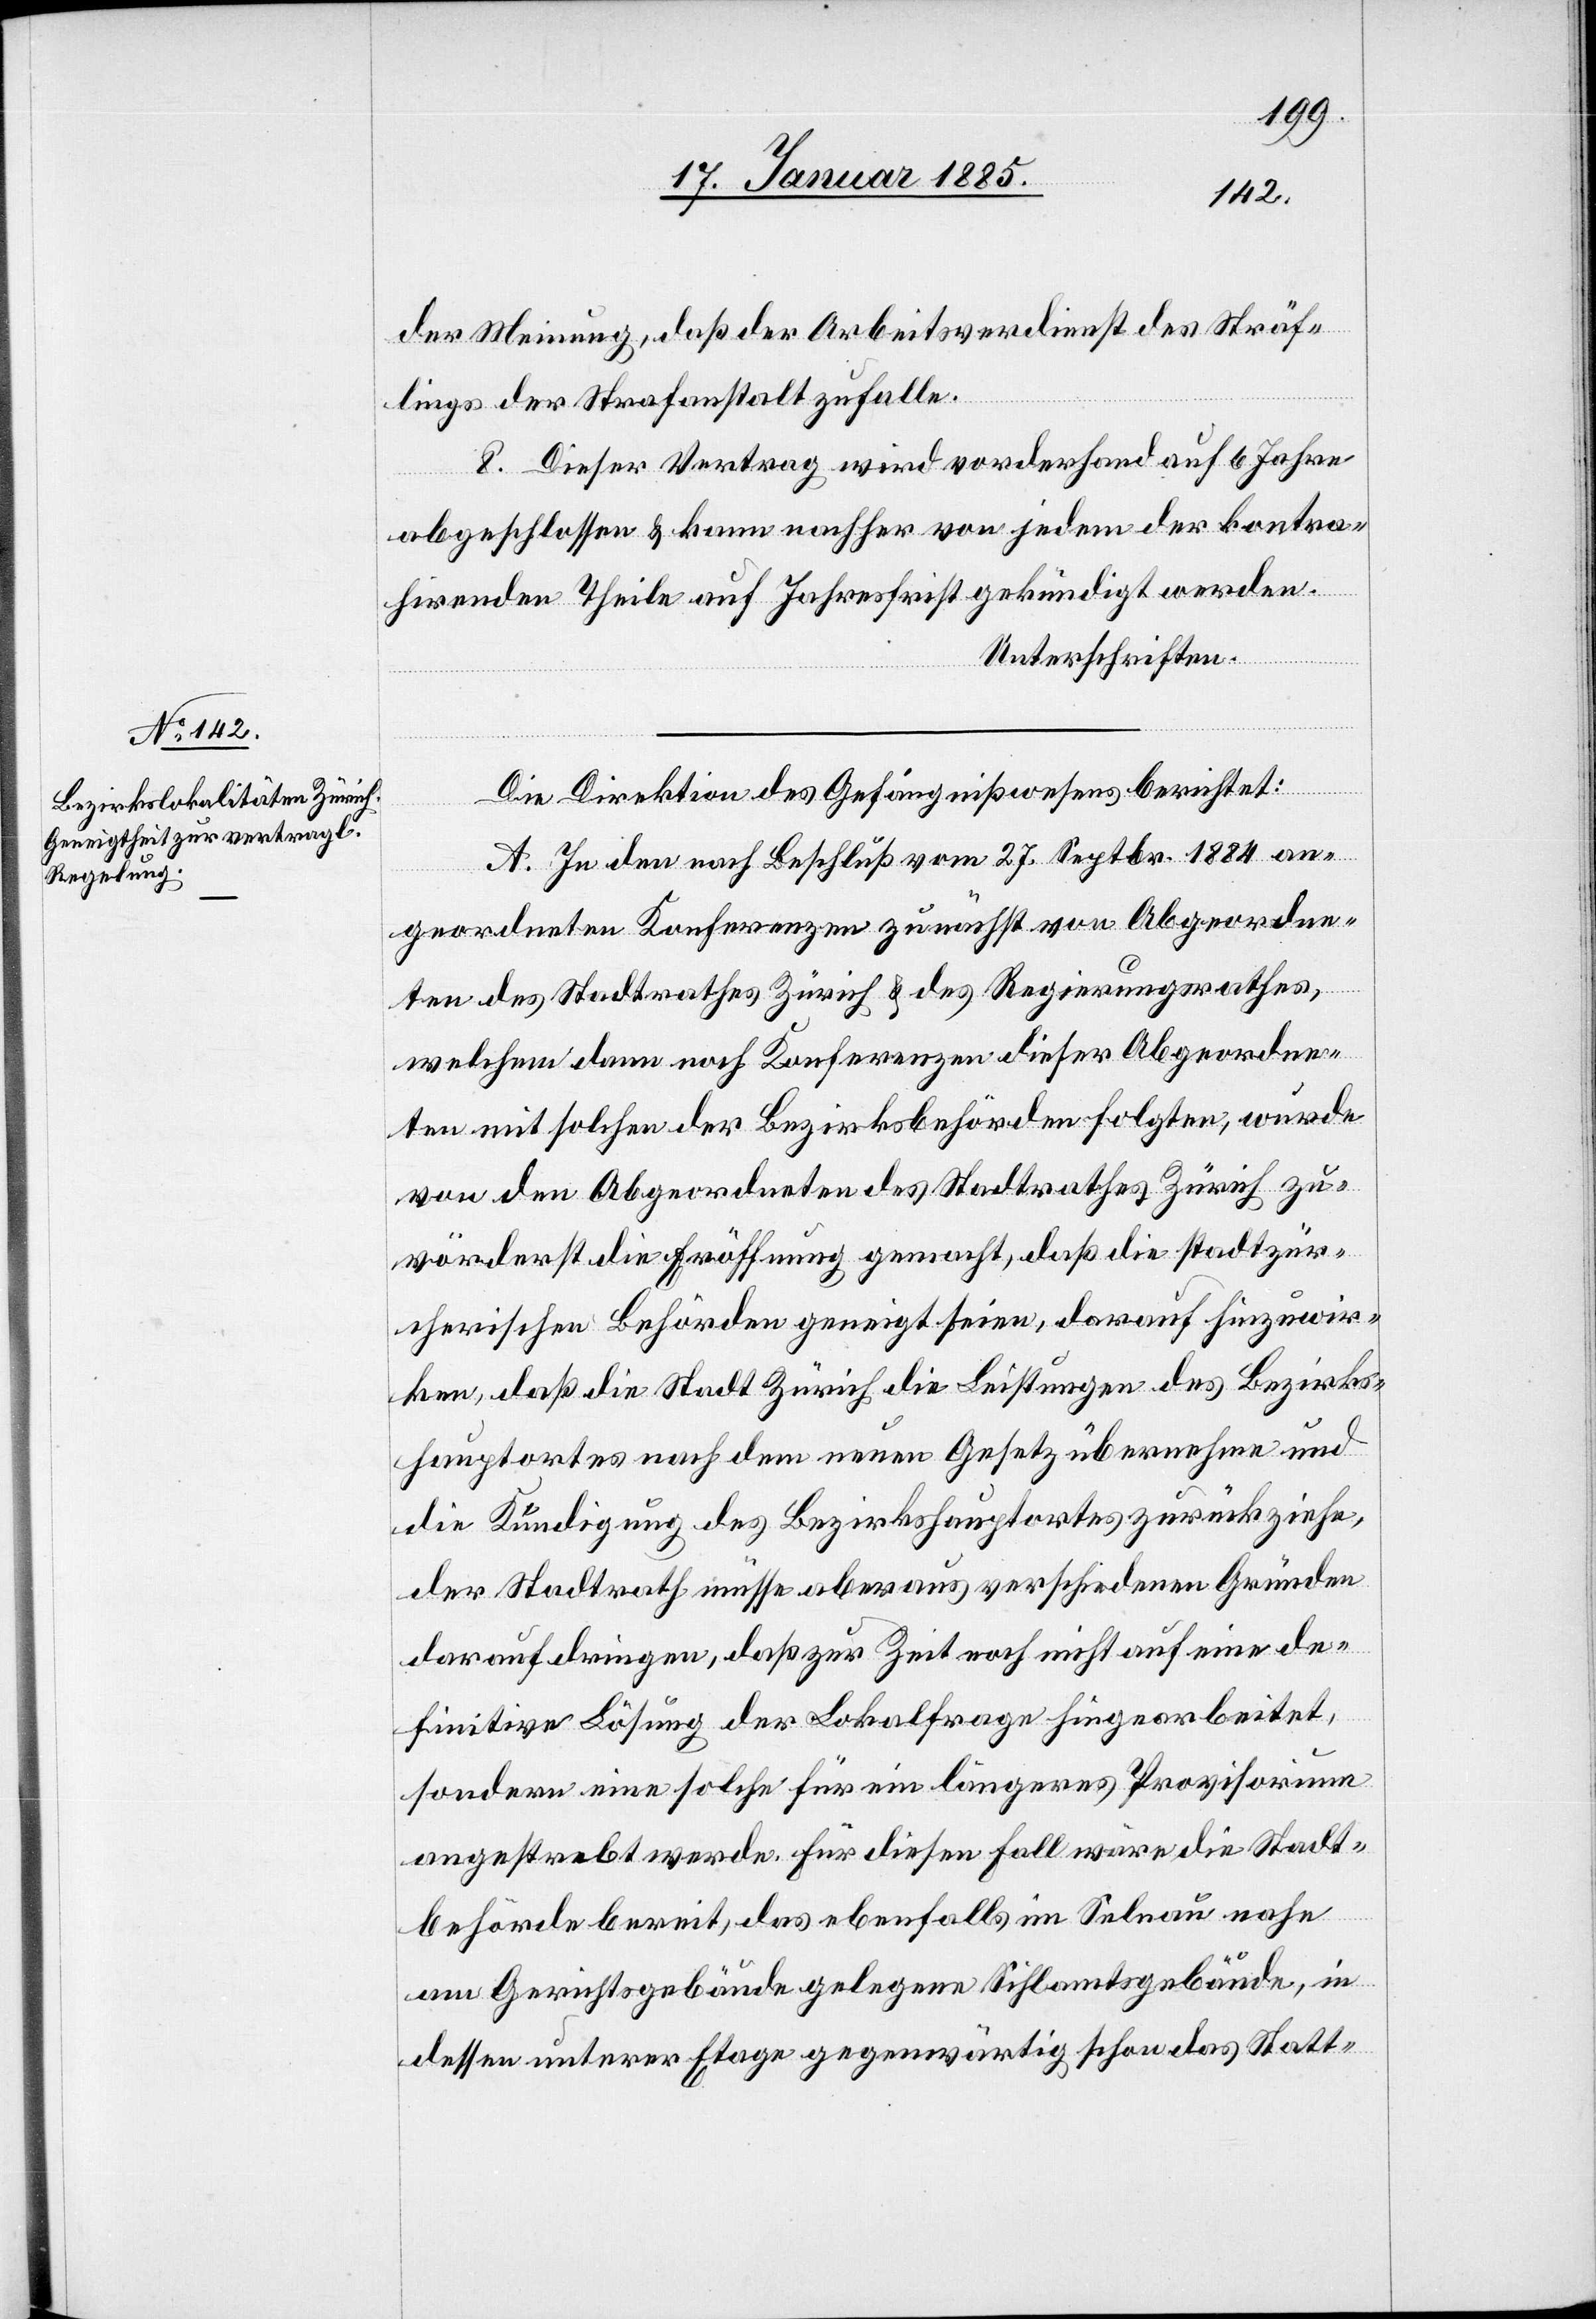
der Meinung, daß der Arbeitsverdienst des Sträf¬
lings der Strafanstalt zufalle.
8. Dieser Vertrag wird vorderhand auf 6 Jahre
abgeschlossen & kann nachher von jedem der kontra¬
hirenden Theile auf Jahresfrist gekündigt werden.
Unterschriften.
Die Direktion des Gefängniswesens berichtet:
A. In den nach Beschluß vom 27. Septbr. 1884 an¬
geordneten Konferenzen zunächst von Abgeordne¬
ten des Stadtrathes Zürich & des Regierungsrathes,
welchem dann noch Konferenzen dieser Abgeordne¬
ten mit solchen der Bezirksbehörden folgten, wurde
von den Abgeordneten des Stadtrathes Zürich zu¬
vörderst die Eröffnung gemacht, daß die stadtzür¬
cherischen Behörden geneigt seien, darauf hinzuwir¬
ken, daß die Stadt Zürich die Leistungen des Bezirks¬
hauptortes nach dem neuen Gesetz übernehmen und
die Kündigung des Bezirkshauptortes zurückziehe,
der Stadtrath müsse aber aus verschiedenen Gründen
darauf dringen, daß zur Zeit noch nicht auf eine de¬
finitive Lösung der Lokalfrage hingearbeitet,
sondern eine solche für ein längeres Provisorium
angestrebt werde. Für diesen Fall wäre die Stadt¬
behörde bereit, das ebenfalls im Selnau nahe
am Gerichtsgebäude gelegene Sihlamtsgebäude, in
dessen unterer Etage gegenwärtig schon das Statt-